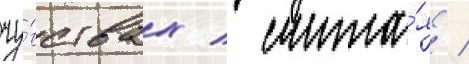
чу́вствах / счита́я /